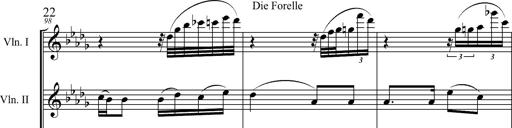
Title: 6 Melodien von Franz Schubert
Composer: Franz Liszt